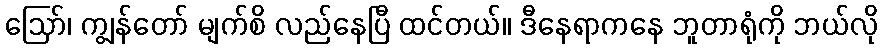
ဪ၊ ကျွန်တော် မျက်စိ လည်နေပြီ ထင်တယ်။ ဒီနေရာကနေ ဘူတာရုံကို ဘယ်လို